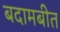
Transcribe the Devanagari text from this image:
बदामबीत